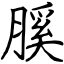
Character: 膎